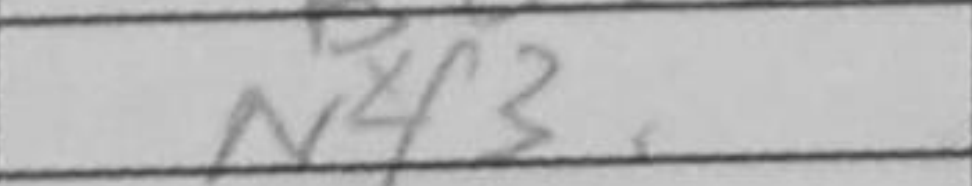
Transcription: N4f4